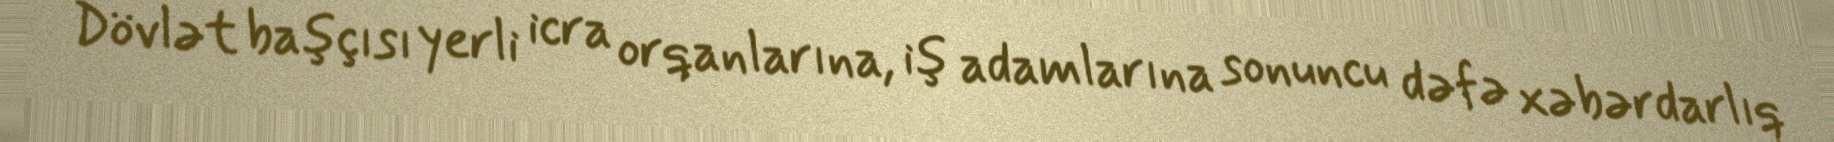
Dövlət başçısı yerli icra orqanlarına, iş adamlarına sonuncu dəfə xəbərdarlıq